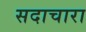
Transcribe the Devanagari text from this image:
सदाचारा